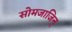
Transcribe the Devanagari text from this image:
सोमजाजिन्